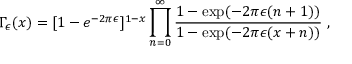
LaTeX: \Gamma _ { \epsilon } ( x ) = [ 1 - e ^ { - 2 \pi \epsilon } ] ^ { 1 - x } \prod _ { n = 0 } ^ { \infty } { \frac { 1 - \exp ( - 2 \pi \epsilon ( n + 1 ) ) } { 1 - \exp ( - 2 \pi \epsilon ( x + n ) ) } } \ ,